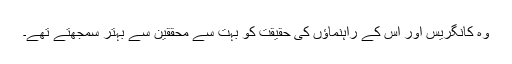
وہ کانگریس اور اس کے راہنماﺅں کی حقیقت کو بہت سے محققین سے بہتر سمجھتے تھے۔